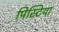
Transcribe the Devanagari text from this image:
पिस्टिया